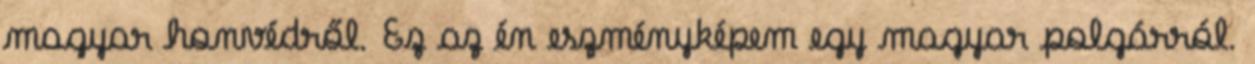
magyar honvédről. Ez az én eszményképem egy magyar polgárról.